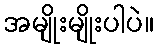
အမျိုးမျိုးပါပဲ။